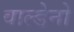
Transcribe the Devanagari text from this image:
वाल्डेनो